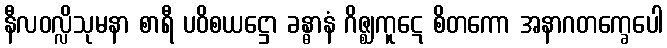
နီလဝလ္လိသုမနာ စာရီ ပဝိစယဋ္ဌော ခန္ဓာနံ ဂိဇ္ဈကူဋေ စိတကော အနာဂတက္ခေပေါ